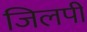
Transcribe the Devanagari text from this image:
जिलपी